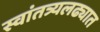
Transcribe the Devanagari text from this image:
स्वांतत्र्यलढ्यात